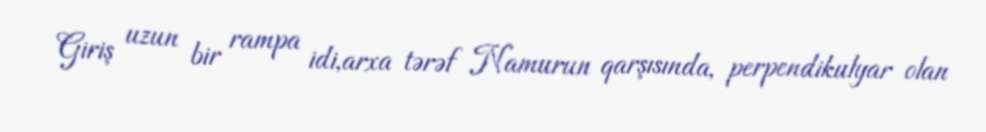
Giriş uzun bir rampa idi,arxa tərəf Namurun qarşısında, perpendikulyar olan